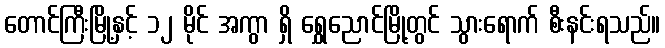
တောင်ကြီးမြို့နှင့် ၁၂ မိုင် အကွာ ရှိ ရွှေညောင်မြို့တွင် သွားရောက် စီးနင်းရသည်။